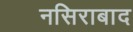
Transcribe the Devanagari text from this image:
नसिराबाद